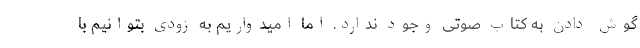
گوش دادن به کتاب صوتی وجود ندارد. اما امیدواریم به زودی بتوانیم با